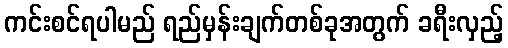
ကင်းစင်ရပါမည် ရည်မှန်းချက်တစ်ခုအတွက် ခရီးလှည့်